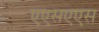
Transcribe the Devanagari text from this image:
एएसएएस